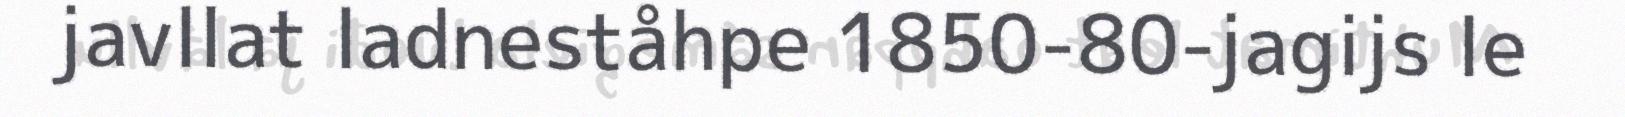
javllat ladneståhpe 1850-80-jagijs le